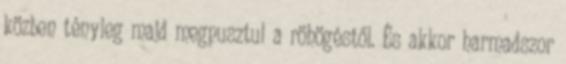
közben tényleg majd megpusztul a röhögéstől. És akkor harmadszor